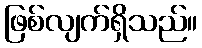
ဖြစ်လျက်ရှိသည်။